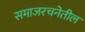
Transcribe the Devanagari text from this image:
समाजरचनेतील